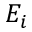
E _ { i }